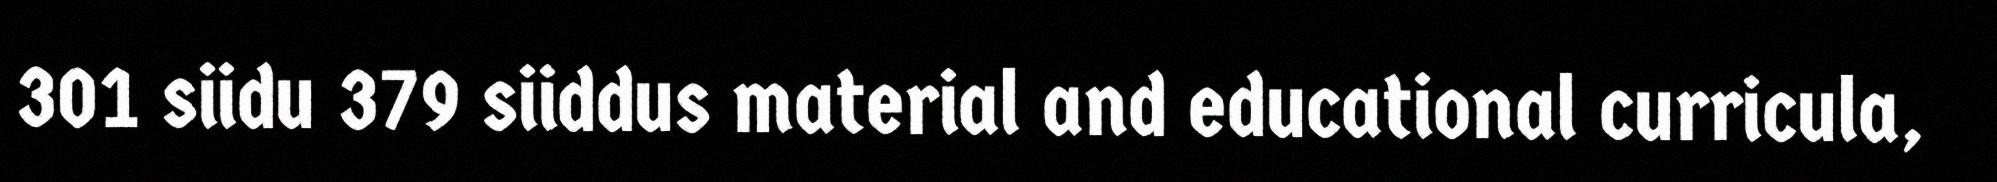
301 siidu 379 siiddus material and educational curricula,